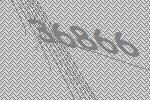
36866